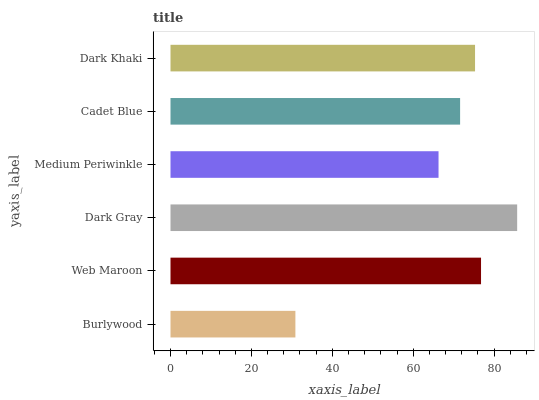
| yaxis_label | bars |
 | --- | --- |
 | Burlywood | 30.9 |
 | Web Maroon | 76.8 |
 | Dark Gray | 85.7 |
 | Medium Periwinkle | 66.3 |
 | Cadet Blue | 71.6 |
 | Dark Khaki | 75.3 |